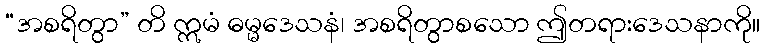
“အစရိတွာ” တိ ဣမံ ဓမ္မဒေသနံ၊ အစရိတွာစသော ဤတရားဒေသနာကို။